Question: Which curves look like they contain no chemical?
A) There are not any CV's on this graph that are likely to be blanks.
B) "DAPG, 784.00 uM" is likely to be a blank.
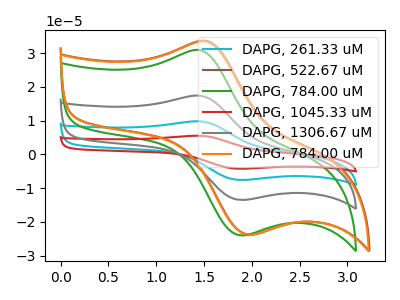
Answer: <think>The cyan curve "DAPG, 261.33 uM" has an anodic peak at (1.45V, 34.70uA) and a cathodic peak at (1.90V, -27.00uA). The brown curve "DAPG, 522.67 uM" has an anodic peak at (1.55V, 33.55uA) and a cathodic peak at (2.00V, -23.80uA). The green curve "DAPG, 784.00 uM" has an anodic peak at (1.45V, 30.80uA) and a cathodic peak at (1.90V, -24.00uA). The red curve "DAPG, 1045.33 uM" has an anodic peak at (1.45V, 52.00uA) and a cathodic peak at (1.90V, -40.50uA). The gray curve "DAPG, 1306.67 uM" has an anodic peak at (1.45V, 17.35uA) and a cathodic peak at (1.90V, -13.50uA). The orange curve "DAPG, 784.00 uM" has an anodic peak at (1.55V, 33.35uA) and a cathodic peak at (2.00V, -23.80uA).</think>
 <answer>A) There are not any CV's on this graph that are likely to be blanks.</answer>
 <eval>A</eval>